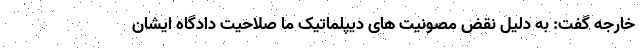
خارجه گفت: به دلیل نقض مصونیت های دیپلماتیک ما صلاحیت دادگاه ایشان